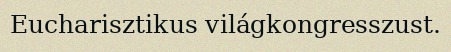
Eucharisztikus világkongresszust.